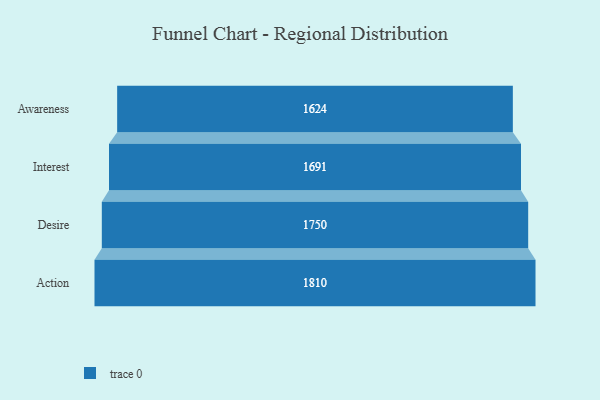
{"axis": {"x": "Stage", "y": "Value"}, "legend": [""], "data": [{"x": "Awareness", "y": 1624.0, "type": ""}, {"x": "Interest", "y": 1691.0, "type": ""}, {"x": "Desire", "y": 1750.0, "type": ""}, {"x": "Action", "y": 1810.0, "type": ""}]}